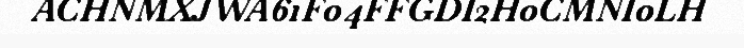
ACHNMXJWA61F04FFGDI2H0CMNI0LH